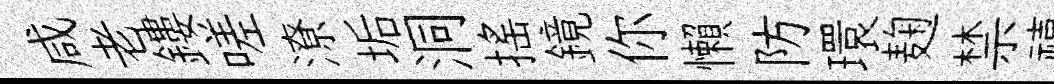
咸老鏤嗟潦垢洞揺鏡你懶防環麹禁禧